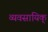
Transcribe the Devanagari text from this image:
व्यवसायिक्